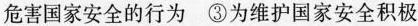
危害国家安全的行为 ③为维护国家安全积极